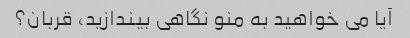
آیا می خواهید به منو نگاهی بیندازید، قربان؟